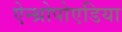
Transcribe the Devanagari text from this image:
ऐन्थ्रोपोएडिया